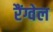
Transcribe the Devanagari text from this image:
रैंग्वेल